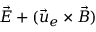
\vec { E } + ( \vec { u } _ { e } \times \vec { B } )